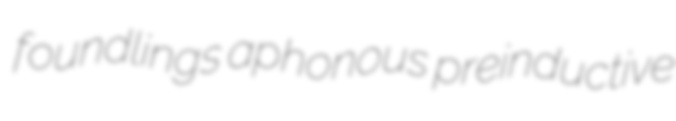
foundlings aphonous preinductive